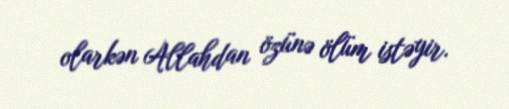
olarkən Allahdan özünə ölüm istəyir.